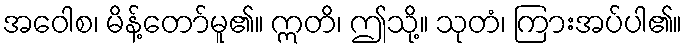
အဝေါစ၊ မိန့်တော်မူ၏။ ဣတိ၊ ဤသို့။ သုတံ၊ ကြားအပ်ပါ၏။